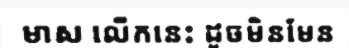
មាស លើកនេះ ដូចមិនមែន